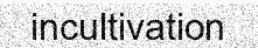
incultivation